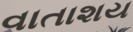
વાતાશય